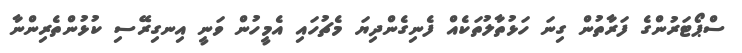
ސްޕޯޓަރުންގެ ފަރާތުން ގިނަ ހަޅުތާލުތަކެއް ފެނިގެންދިޔަ މެޗުހައި އެމީހުން ވަނީ އިނގިރޭސި ކުޅުންތެރިންނާ